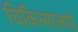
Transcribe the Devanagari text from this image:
चिकित्सालयो